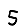
Digit: 5